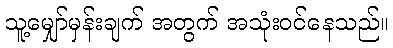
သူ့မျှော်မှန်းချက် အတွက် အသုံးဝင်နေသည်။